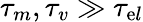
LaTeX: \tau_{m},\tau_{v}\gg\tau_{\mathrm{e}l}